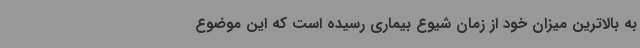
به بالاترین میزان خود از زمان شیوع بیماری رسیده است که این موضوع